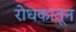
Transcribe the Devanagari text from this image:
रोधकातून